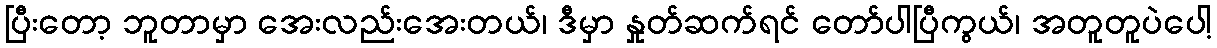
ပြီးတော့ ဘူတာမှာ အေးလည်းအေးတယ်၊ ဒီမှာ နှုတ်ဆက်ရင် တော်ပါပြီကွယ်၊ အတူတူပဲပေါ့